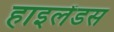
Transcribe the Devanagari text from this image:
हाइलेंडस